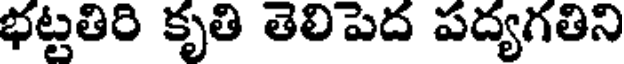
భట్టతిరి కృతి తెలిపెద పద్యగతిని